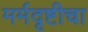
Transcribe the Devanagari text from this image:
मर्मदृष्टीचा